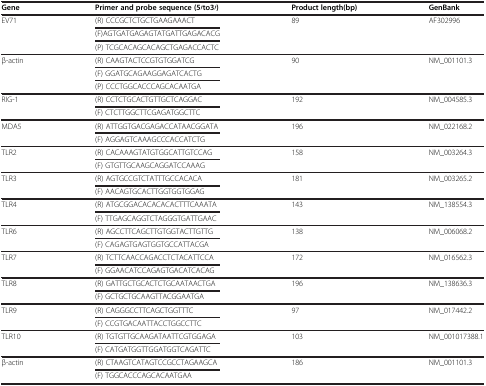
<table><thead><tr><td><b>Gene</b></td><td><b>Primer and probe sequence (5′to3′)</b></td><td><b>Product length(bp)</b></td><td><b>GenBank</b></td></tr></thead><tbody><tr><td>EV71</td><td>(R) CCCGCTCTGCTGAAGAAACT</td><td>89</td><td>AF302996</td></tr><tr><td> </td><td>(F)AGTGATGAGAGTATGATTGAGACACG</td><td> </td><td> </td></tr><tr><td> </td><td>(P) TCGCACAGCACAGCTGAGACCACTC</td><td> </td><td> </td></tr><tr><td>β-actin</td><td>(R) CAAGTACTCCGTGTGGATCG</td><td>90</td><td>NM_001101.3</td></tr><tr><td> </td><td>(F) GGATGCAGAAGGAGATCACTG</td><td> </td><td> </td></tr><tr><td> </td><td>(P) CCCTGGCACCCAGCACAATGA</td><td> </td><td> </td></tr><tr><td>RIG-1</td><td>(R) CCTCTGCACTGTTGCTCAGGAC</td><td>192</td><td>NM_004585.3</td></tr><tr><td> </td><td>(F) CTCTTGGCTTCGAGATGGCTTC</td><td> </td><td> </td></tr><tr><td>MDA5</td><td>(R) ATTGGTGACGAGACCATAACGGATA</td><td>196</td><td>NM_022168.2</td></tr><tr><td> </td><td>(F) AGGAGTCAAAGCCCACCATCTG</td><td> </td><td> </td></tr><tr><td>TLR2</td><td>(R) CACAAAGTATGTGGCATTGTCCAG</td><td>158</td><td>NM_003264.3</td></tr><tr><td> </td><td>(F) GTGTTGCAAGCAGGATCCAAAG</td><td> </td><td> </td></tr><tr><td>TLR3</td><td>(R) AGTGCCGTCTATTTGCCACACA</td><td>181</td><td>NM_003265.2</td></tr><tr><td> </td><td>(F) AACAGTGCACTTGGTGGTGGAG</td><td> </td><td> </td></tr><tr><td>TLR4</td><td>(R) ATGCGGACACACACACTTTCAAATA</td><td>143</td><td>NM_138554.3</td></tr><tr><td> </td><td>(F) TTGAGCAGGTCTAGGGTGATTGAAC</td><td> </td><td> </td></tr><tr><td>TLR6</td><td>(R) AGCCTTCAGCTTGTGGTACTTGTTG</td><td>138</td><td>NM_006068.2</td></tr><tr><td> </td><td>(F) CAGAGTGAGTGGTGCCATTACGA</td><td> </td><td> </td></tr><tr><td>TLR7</td><td>(R) TCTTCAACCAGACCTCTACATTCCA</td><td>172</td><td>NM_016562.3</td></tr><tr><td> </td><td>(F) GGAACATCCAGAGTGACATCACAG</td><td> </td><td> </td></tr><tr><td>TLR8</td><td>(R) GATTGCTGCACTCTGCAATAACTGA</td><td>196</td><td>NM_138636.3</td></tr><tr><td> </td><td>(F) GCTGCTGCAAGTTACGGAATGA</td><td> </td><td> </td></tr><tr><td>TLR9</td><td>(R) CAGGGCCTTCAGCTGGTTTC</td><td>97</td><td>NM_017442.2</td></tr><tr><td> </td><td>(F) CCGTGACAATTACCTGGCCTTC</td><td> </td><td> </td></tr><tr><td>TLR10</td><td>(R) TGTGTTGCAAGATAATTCGTGGAGA</td><td>103</td><td>NM_001017388.1</td></tr><tr><td> </td><td>(F) CATGATGGTTGGATGGTCAGATTC</td><td> </td><td> </td></tr><tr><td>β-actin</td><td>(R) CTAAGTCATAGTCCGCCTAGAAGCA</td><td>186</td><td>NM_001101.3</td></tr><tr><td> </td><td>(F) TGGCACCCAGCACAATGAA</td><td> </td><td> </td></tr></tbody></table>